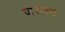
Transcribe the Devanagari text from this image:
जरोरत